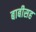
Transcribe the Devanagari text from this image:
बाबीसह